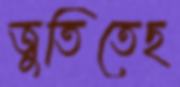
জুতিতেছ